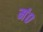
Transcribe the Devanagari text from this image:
मं०